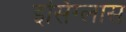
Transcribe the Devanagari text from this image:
इसिंग्लास